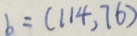
b = ( 1 1 4 , 7 6 )